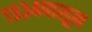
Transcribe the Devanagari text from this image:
१९३४पासून